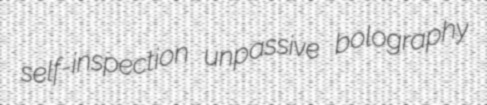
self-inspection unpassive bolography